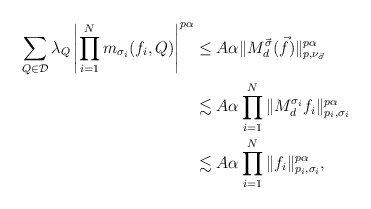
\begin{align*}\sum_{Q\in \mathcal D}\lambda_Q\left|\prod_{i=1}^Nm_{\sigma_i}(f_i,Q)\right|^{p\alpha} &\le A\alpha\|M_{d}^{\vec \sigma}(\vec f)\|_{p,\nu_{\vec \sigma}}^{p\alpha}\\ &\lesssim A\alpha \prod_{i=1}^N\|M_d^{\sigma_i}f_i\|_{p_i,\sigma_i}^{p\alpha}\\ &\lesssim A\alpha \prod_{i=1}^N\|f_i\|_{p_i,\sigma_i}^{p\alpha},\end{align*}